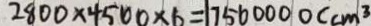
2 8 0 0 \times 4 5 0 0 \times 6 = 1 7 5 6 0 0 0 0 ( c m ^ { 3 }